Report of the Bombay Plague Committee
Disease focus: Plague
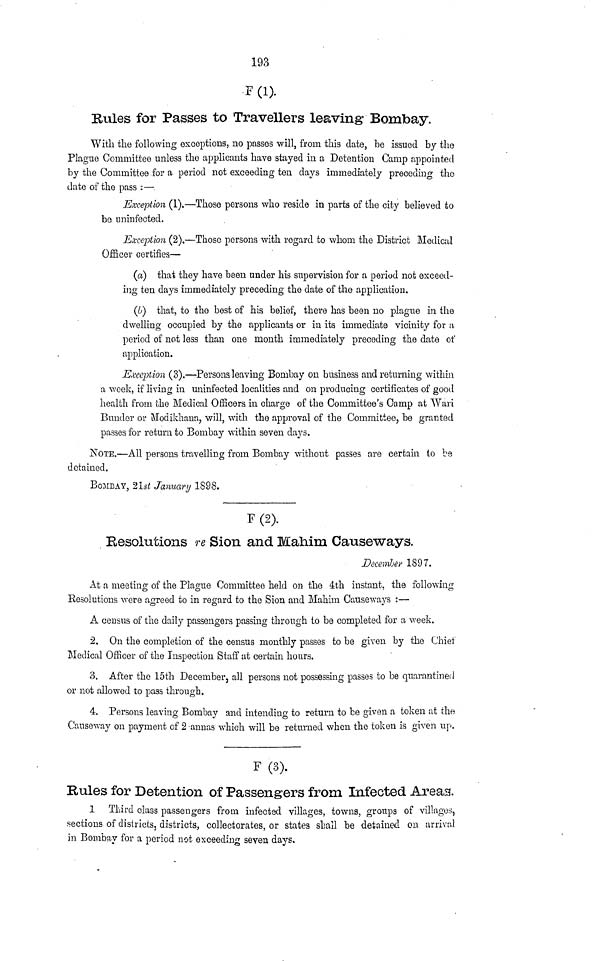
193
F (1).
Hules for Passes to Travellers leaving Bombay,
With the following exceptions, no passes will, from this date, be issued by the
Plague Committee unless the applicants have stayed in a Detention Camp appointed
by the Committee for a period not exceeding ten days immediately preceding the
date of the pass :—
Exception (1).—Those persons who reside in parts of the city believed to b
Exception (2).—Those persons with regard to whom the District Medical
Officer certifies—
(a) that they have been under his supervision for a period not exceed-
ing ten days immediately preceding the date of the application.
(b) that, to the best of his belief, there has been no plague in the
dwelling occupied by the applicants or in its immediate vicinity for a
period of not less than one month immediately preceding the date of
application.
Exception (3).—Persons leaving Bombay on business and returning within
a week, if living in uninfected localities and on producing certificates of good
health from the Medical Officers in charge of the Committee's Camp at AVari
Bunder or Modikhana, will, with the approval of the Committee, be granted
passes for return to Bombay within seven days.
NOTE.—All persons travelling from Bombay without passes are certain to be
detained.
BOMBAY, 21s£ January 1898.
F(2).
Resolutions re Sion and Mahim Causeways.
December 1897.
At a meeting of the Plague Committee held on the 4th instant, the following
Resolutions were agreed to in regard to the Sion and Mahim Causeways :—
A census of the daily passengers passing through to be completed for a week.
2. On the completion of the census monthly passes to be given by the Chief
Medical Officer of the Inspection Staff at certain hours.
3. After the 15th December, all persons not possessing passes to be quarantined
or not allowed to pass through.
4. Persons leaving Bombay and intending to return to be given a token at the
Causeway on payment of 2 annas which will be returned when the token is given itp.
F(3).
Rules for Detention of Passengers from Infected Areas?.
1 Third class passengers from infected villages, towns, groups of villages,
sections of districts, districts, collectorates, or states shall be detained on arrival
in Bombay for a period not exceeding seven days.